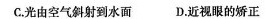
C.光由空气斜射到水面 D.近视眼的矫正